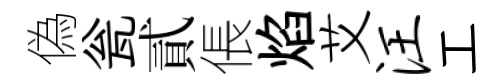
偽瓮貳倀焰艾汪工